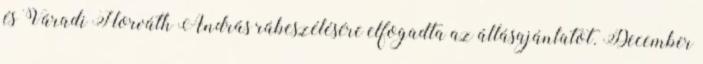
és Váradi Horváth András rábeszélésére elfogadta az állásajánlatot. December